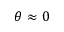
\theta \approx 0